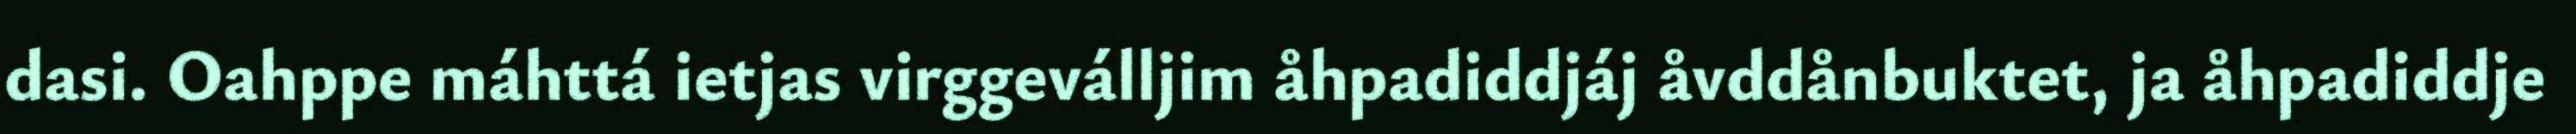
dasi. Oahppe máhttá ietjas virggeválljim åhpadiddjáj åvddånbuktet, ja åhpadiddje